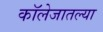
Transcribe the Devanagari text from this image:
कॉलेजातल्या